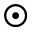
\odot